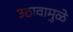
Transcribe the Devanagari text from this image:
उठावामुळे